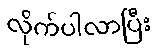
လိုက်ပါလာပြီး